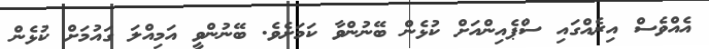
އެއްވެސް އިރެއްގައި ސްޕެއިންއަށް ކުޅެން ބޭނުންވާ ކަމަށެވެ. ބޭނުންވީ އަމިއްލަ ގައުމަށް ކުޅެން